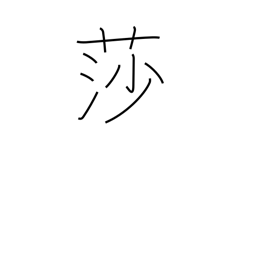
Meaning: sedge